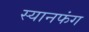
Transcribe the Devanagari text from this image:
स्यानफंग